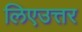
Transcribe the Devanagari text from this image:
लिएउत्तर